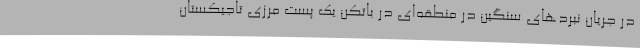
در جریان نبردهای سنگین در منطقه‌ای در باتکن یک پُست مرزی تاجیکستان